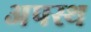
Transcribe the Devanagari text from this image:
अपस्थ